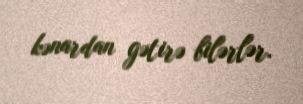
kənardan gətirə bilərlər.